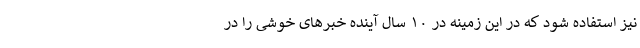
نیز استفاده شود که در این زمینه در ۱۰ سال آینده خبرهای خوشی را در